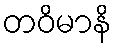
တဝိမာနိ